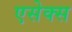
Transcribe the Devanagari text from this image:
एसेक्‍स